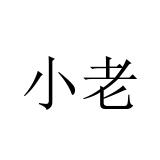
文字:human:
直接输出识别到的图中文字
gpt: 小老